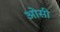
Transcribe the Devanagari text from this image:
ओसी